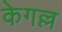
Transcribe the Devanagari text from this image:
केगल्ल